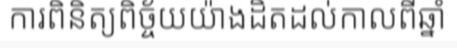
ការពិនិត្យពិច្ច័យយ៉ាងដិតដល់កាលពីឆ្នាំ